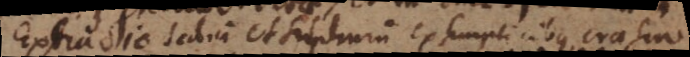
Extractio salium et sulphurum ex simplicibus, crasin